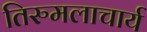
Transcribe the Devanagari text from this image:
तिरुमलाचार्य